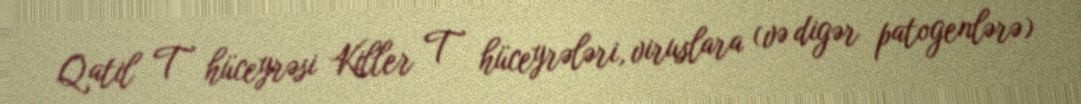
Qatil T hüceyrəsi Killer T hüceyrələri, viruslara (və digər patogenlərə)